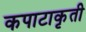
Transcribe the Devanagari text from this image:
कपाटाकृती